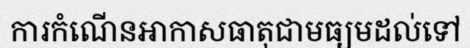
ការកំណើនអាកាសធាតុជាមធ្យមដល់ទៅ